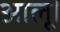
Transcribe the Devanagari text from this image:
आलू।